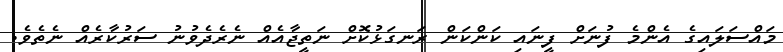
މައްސަލައިގެ އެންމެ ފުނަށް ފީނައި ކަންކަން ރަނގަޅުކޮށް ނަތީޖާއެއް ނެރެދެވުނު ސަރުކާރެއް ނެތެވެ.